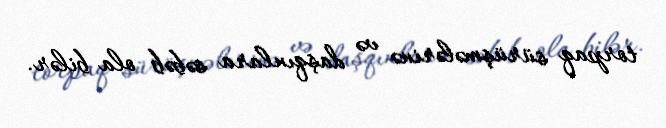
torpaq sürüşmələrinə və daşqınlara səbəb ola bilər.